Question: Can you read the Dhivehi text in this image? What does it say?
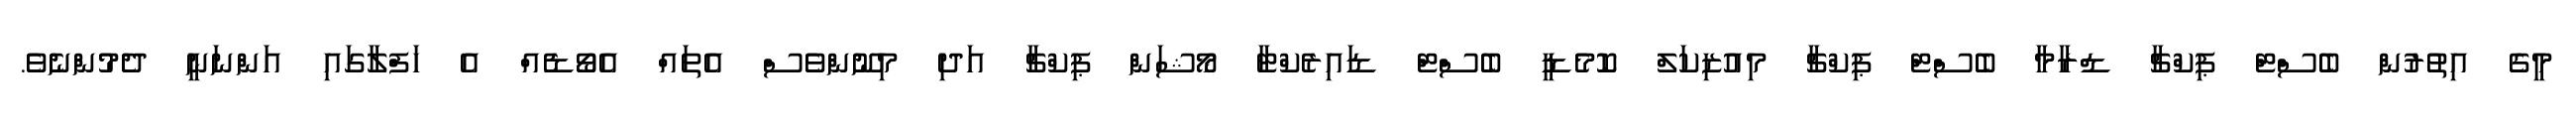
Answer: މީގެ އިތުރުން ބެސްޓް ޕިކްޗާ ޑްރާމާ ބެސްޓް ޕިކްޗާ މިއުޒިކަލް ކޮމެޑީ ބެސްޓް ޑައިރެކްޓާ މޯޝަން ޕިކްޗާ އަދި މިނޫންވެސް އެތައް އެވޯޑެއް އެ ހަފްލާގައި އަންނަނީ ދެމުންނެވެ.